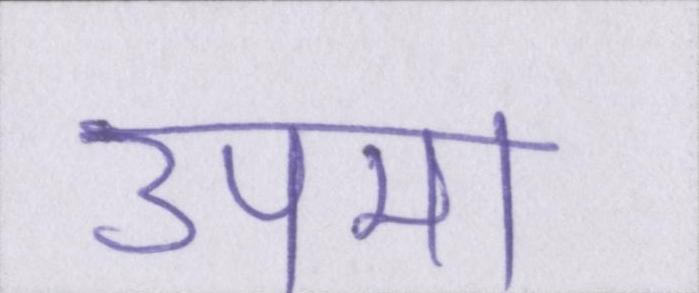
उपमा